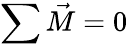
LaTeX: \sum{\vec{M}}=0